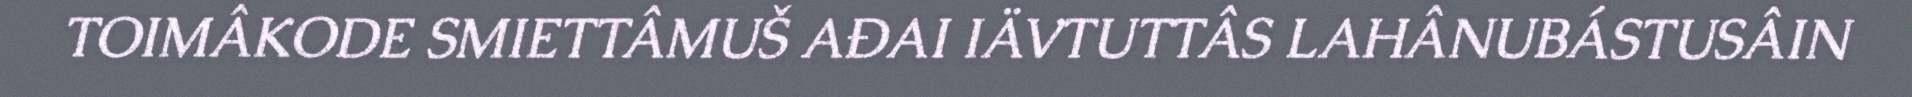
TOIMÂKODE SMIETTÂMUŠ AĐAI IÄVTUTTÂS LAHÂNUBÁSTUSÂIN